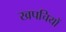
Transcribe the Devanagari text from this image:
खपचियों